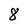
Character: 8